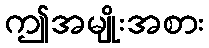
ဤအမျိုးအစား